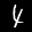
Label: 4